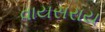
વાયસરાય